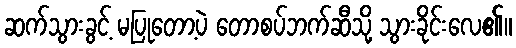
ဆက်သွားခွင့် မပြုတော့ပဲ တောစပ်ဘက်ဆီသို့ သွားခိုင်းလေ၏။